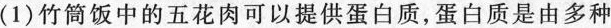
(1)竹筒饭中的五花肉可以提供蛋白质，蛋白质是由多种